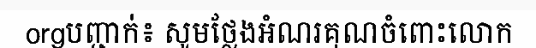
orgបញ្ជាក់៖ សូមថ្លែងអំណរគុណចំពោះលោក